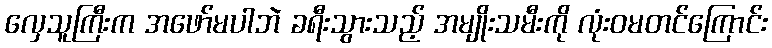
လှေသူကြီးက အဖော်မပါဘဲ ခရီးသွားသည့် အမျိုးသမီးကို လုံးဝမတင်ကြောင်း